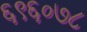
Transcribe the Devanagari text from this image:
६९६०७८